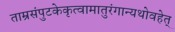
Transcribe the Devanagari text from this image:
ताम्रसंपुटकेकृत्वामातुरंगान्यथोवहेत्